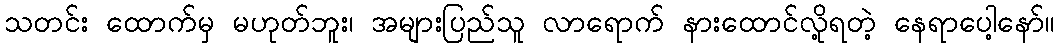
သတင်း ထောက်မှ မဟုတ်ဘူး၊ အများပြည်သူ လာရောက် နားထောင်လို့ရတဲ့ နေရာပေါ့နော်။